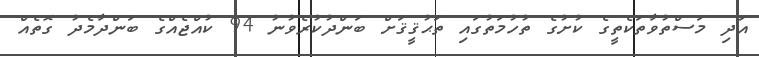
އަދި މަސްތުވާތަކެތީގެ ކުށުގެ ތުހުމަތުގައި ތަޙުޤީޤަށް ބަންދުކުރެވުނު 94 ކުއްޖެއްގެ ބަންދާމެދު ގޮތެއް